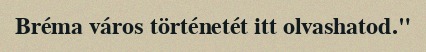
Bréma város történetét itt olvashatod."